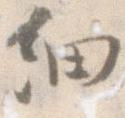
細